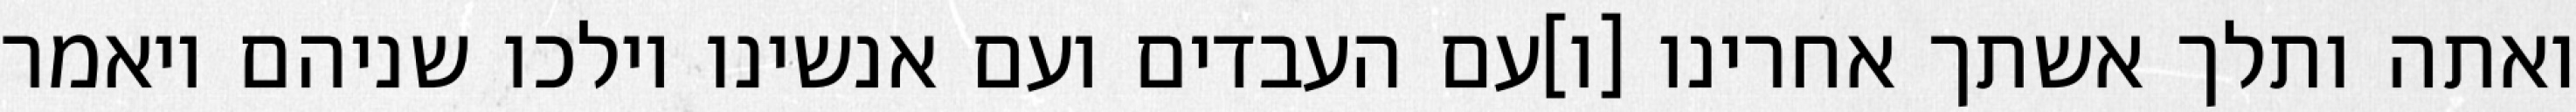
ואתה ותלך אשתך אחרינו [ו]עם העבדים ועם אנשינו וילכו שניהם ויאמר